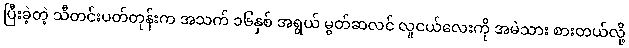
ပြီးခဲ့တဲ့ သီတင်းပတ်တုန်းက အသက် ၁၆နှစ် အရွယ် မွတ်ဆလင် လူငယ်လေးကို အမဲသား စားတယ်လို့